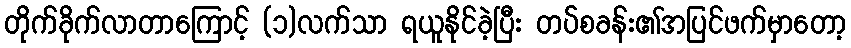
တိုက်ခိုက်လာတာကြောင့် (၁)လက်သာ ရယူနိုင်ခဲ့ပြီး တပ်စခန်း၏အပြင်ဖက်မှာတော့